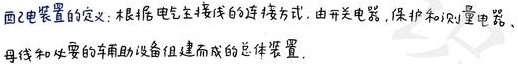
配电装置的定义：根据电气主接线的连接方式，由开关电器、保护和测量电器、母线和必要的辅助设备组建而成的总体装置。